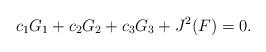
LaTeX: \begin{align*}c_1 G_1 + c_2 G_2 + c_3 G_3 + J^2(F) = 0. \end{align*}